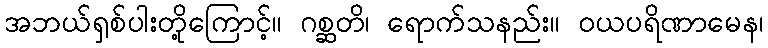
အဘယ်ရှစ်ပါးတို့ကြောင့်။ ဂစ္ဆတိ၊ ရောက်သနည်း။ ဝယပရိဏာမေန၊